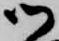
御